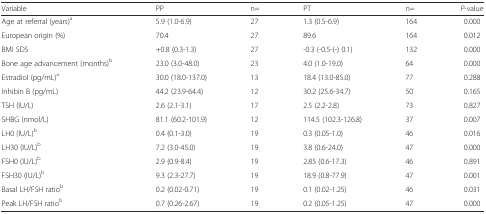
<table><thead><tr><td><b>Variable</b></td><td><b>PP</b></td><td><b>n=</b></td><td><b>PT</b></td><td><b>n=</b></td><td><b><i>P</i>-value</b></td></tr></thead><tbody><tr><td>Age at referral (years)<sup>a</sup></td><td>5.9 (1.0-6.9)</td><td>27</td><td>1.3 (0.5-6.9)</td><td>164</td><td>0.000</td></tr><tr><td>European origin (%)</td><td>70.4</td><td>27</td><td>89.6</td><td>164</td><td>0.012</td></tr><tr><td>BMI SDS</td><td>+0.8 (0.3-1.3)</td><td>27</td><td>-0.3 (-0.5-(-) 0.1)</td><td>132</td><td>0.000</td></tr><tr><td>Bone age advancement (months)<sup>b</sup></td><td>23.0 (3.0-48.0)</td><td>23</td><td>4.0 (1.0-19.0)</td><td>64</td><td>0.000</td></tr><tr><td>Estradiol (pg/mL)<sup>a</sup></td><td>30.0 (18.0-137.0)</td><td>13</td><td>18.4 (13.0-85.0)</td><td>77</td><td>0.288</td></tr><tr><td>Inhibin B (pg/mL)</td><td>44.2 (23.9-64.4)</td><td>12</td><td>30.2 (25.6-34.7)</td><td>50</td><td>0.165</td></tr><tr><td>TSH (IU/L)</td><td>2.6 (2.1-3.1)</td><td>17</td><td>2.5 (2.2-2.8)</td><td>73</td><td>0.827</td></tr><tr><td>SHBG (nmol/L)</td><td>81.1 (60.2-101.9)</td><td>12</td><td>114.5 (102.3-126.8)</td><td>37</td><td>0.007</td></tr><tr><td>LH0 (IU/L)<sup>b</sup></td><td>0.4 (0.1-3.0)</td><td>19</td><td>0.3 (0.05-1.0)</td><td>46</td><td>0.016</td></tr><tr><td>LH30 (IU/L)<sup>b</sup></td><td>7.2 (3.0-45.0)</td><td>19</td><td>3.8 (0.6-24.0)</td><td>47</td><td>0.000</td></tr><tr><td>FSH0 (IU/L)<sup>b</sup></td><td>2.9 (0.9-8.4)</td><td>19</td><td>2.85 (0.6-17.3)</td><td>46</td><td>0.891</td></tr><tr><td>FSH30 (IU/L)<sup>b</sup></td><td>9.3 (2.3-27.7)</td><td>19</td><td>18.9 (0.8-77.9)</td><td>47</td><td>0.001</td></tr><tr><td>Basal LH/FSH ratio<sup>b</sup></td><td>0.2 (0.02-0.71)</td><td>19</td><td>0.1 (0.02-1.25)</td><td>46</td><td>0.031</td></tr><tr><td>Peak LH/FSH ratio<sup>b</sup></td><td>0.7 (0.26-2.67)</td><td>19</td><td>0.2 (0.05-1.25)</td><td>47</td><td>0.000</td></tr></tbody></table>